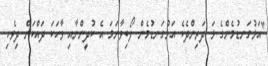
"އަޅުގަނޑުމެންގެ ޅަ ދަރިންދެކެ އަޅުގަނޑުމެން ލޯބިވާނަމަ އެ ކުދީންނާއި ވާހަކަ ދައްކަން ދިވެހި